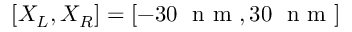
[ X _ { L } , X _ { R } ] = [ - 3 0 ~ \mathrm { ~ n ~ m ~ } , 3 0 ~ \mathrm { ~ n ~ m ~ } ]